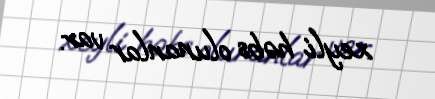
xeyli həbs olunanlar var.